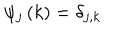
LaTeX: \psi _ { j } \left( k \right) = \delta _ { j , k }